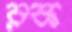
রক